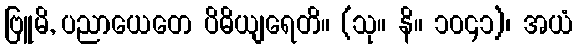
ဗြူမိ, ပညာယေတေ ပိဓိယျရေတိ။ (သု။ နိ။ ၁၀၄၁)၊ အယံ